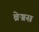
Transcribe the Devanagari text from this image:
ब्रेज्रस